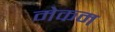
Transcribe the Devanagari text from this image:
मेकम